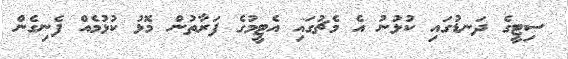
ސިޓީގެ ދަނޑުގައި ކުޅުނު އެ މެޗުގައި އެޓީމުގެ ފަރާތުން މޮޅު ކުޅުމެއް ފެނިގެން